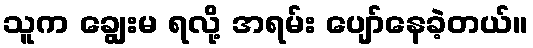
သူက ချွေးမ ရလို့ အရမ်း ပျော်နေခဲ့တယ်။